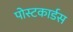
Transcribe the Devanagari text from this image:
पोस्टकार्डस